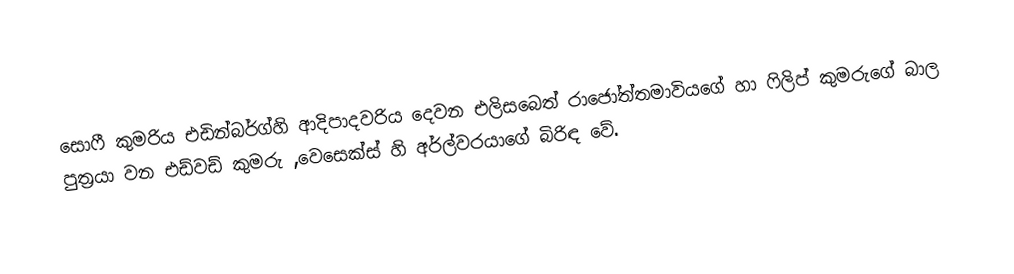
සොෆී කුමරිය එඩින්බර්ග්හි ආදිපාදවරිය දෙවන එලිසබෙත් රාජෝත්තමාවියගේ හා ෆිලිප් කුමරුගේ බාල පුත්‍රයා වන එඩ්වඩ් කුමරු ,වෙසෙක්ස් හි අර්ල්වරයාගේ බිරිඳ වේ.